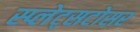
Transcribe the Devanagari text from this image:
स्प्लेट्सटोसर